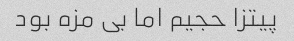
پیتزا حجیم اما بی مزه بود